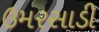
ઉમરસાડી